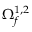
\Omega _ { f } ^ { 1 , 2 }